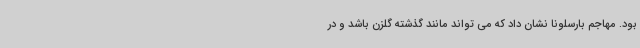
بود. مهاجم بارسلونا نشان داد که می تواند مانند گذشته گلزن باشد و در